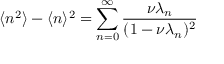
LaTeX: \langle n ^ { 2 } \rangle - \langle n \rangle ^ { 2 } = \sum _ { n = 0 } ^ { \infty } \frac { \nu \lambda _ { n } } { ( 1 - \nu \lambda _ { n } ) ^ { 2 } }